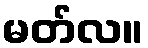
မတ်လ။